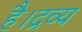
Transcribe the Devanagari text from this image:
है।द्रव्य